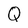
Character: Q